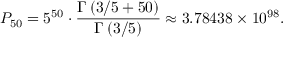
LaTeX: P _ { 5 0 } = 5 ^ { 5 0 } \cdot { \frac { \Gamma \left( 3 / 5 + 5 0 \right) } { \Gamma \left( 3 / 5 \right) } } \approx 3 . 7 8 4 3 8 \times 1 0 ^ { 9 8 } .